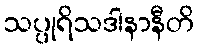
သပ္ပုရိသဒါနာနီတိ